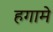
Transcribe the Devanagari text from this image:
हगामे